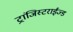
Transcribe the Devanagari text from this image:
ट्रांजिस्टराईज्ड